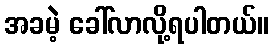
အခမဲ့ ခေါ်လာလို့ရပါတယ်။